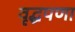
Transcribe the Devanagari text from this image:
वृद्धपणा